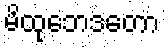
မိထုဘေဒတော